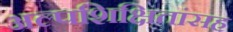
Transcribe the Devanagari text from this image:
अल्पशिक्षितांसह